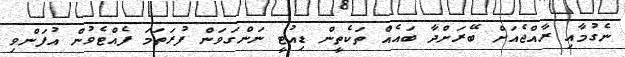
ނެގުމާއި ރާއްޖެއަށް ބޭރަށްދާ ބައެއް ތަކެތީން ޑިއުޓީ ނަންގަވަން ފުރަތަމަ ފެއްޓެވުން އުފަންވި